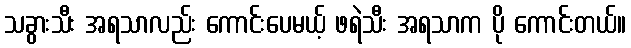
သခွားသီး အရသာလည်း ကောင်းပေမယ့် ဖရဲသီး အရသာက ပို ကောင်းတယ်။